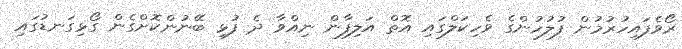
ރޯވެފައިހުރުމުން ފުލުހުންގެ ވެހިކަލްގައި އޮތް އަލިފާން ނިއްވާ ދެ ފުޅި ބޭނުންކޮށްގެން ގޯޅިގަނޑުގައި